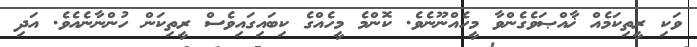
ވަކި ރީތިކަމެއް ޚާއްޞަވެގެންވާ މީހެއްނޫނެވެ. ކޮންމެ މީހެއްގެ ކިބައިގައިވެސް ރީތިކަން ހުންނާނެއެވެ. އަދި